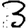
Digit: 3